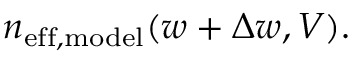
n _ { \mathrm { e f f , m o d e l } } ( w + \Delta w , V ) .